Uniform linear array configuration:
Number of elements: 4
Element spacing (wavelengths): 1
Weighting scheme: binomial
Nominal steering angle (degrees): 15
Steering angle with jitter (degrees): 15.468
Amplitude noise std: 0.05
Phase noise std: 0.05

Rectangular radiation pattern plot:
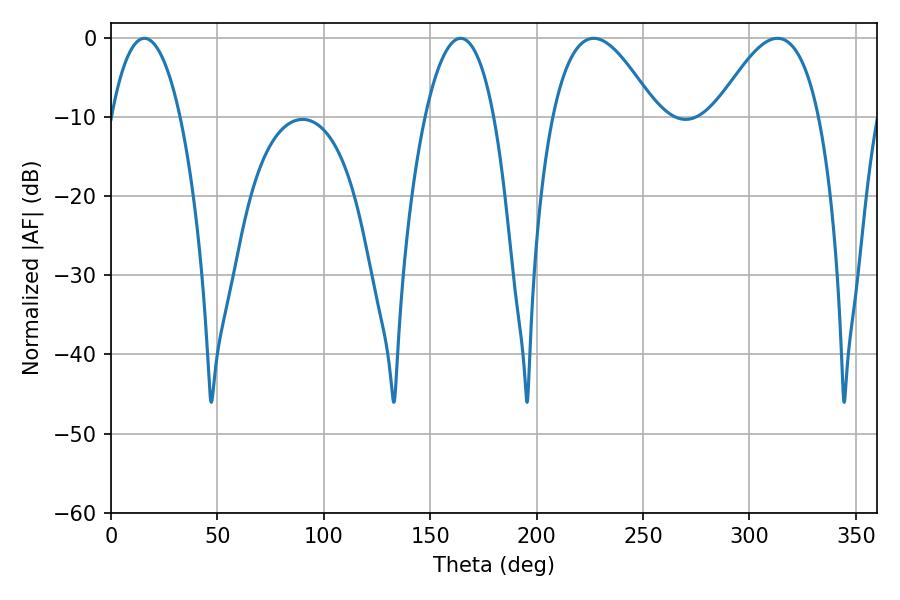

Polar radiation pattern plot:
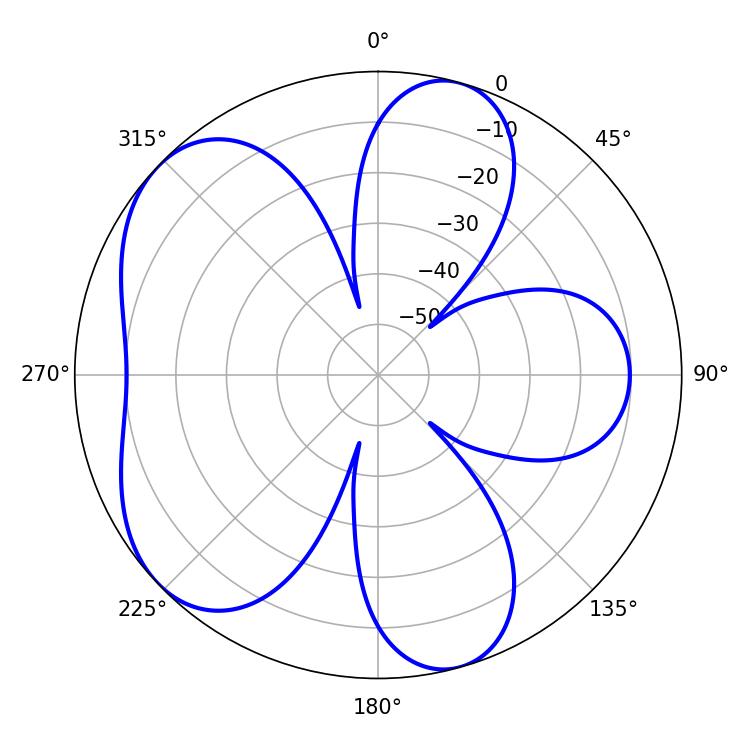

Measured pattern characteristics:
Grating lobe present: TRUE
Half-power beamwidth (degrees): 26.46
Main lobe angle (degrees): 226.8